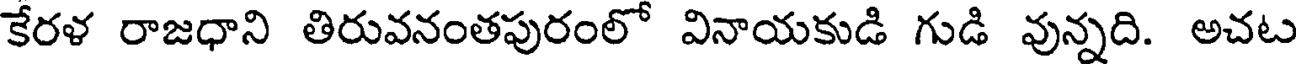
కేరళ రాజధాని తిరువనంతపురంలో వినాయకుడి గుడి వున్నది. అచట